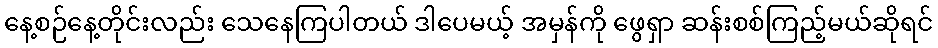
နေ့စဉ်နေ့တိုင်းလည်း သေနေကြပါတယ် ဒါပေမယ့် အမှန်ကို ဖွေရှာ ဆန်းစစ်ကြည့်မယ်ဆိုရင်